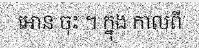
អោន ចុះ ។ ក្នុង កាលពី